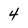
Character: 4